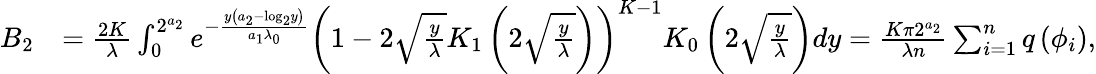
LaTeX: \begin{array}{rl}{B_{2}}&{=\frac{2K}{\lambda}\int_{0}^{2^{a_{2}}}e^{-\frac{y\left(a_{2}-\mathrm{log}_{2}y\right)}{a_{1}\lambda_{0}}}\left(1-2\sqrt{\frac{y}{\lambda}}K_{1}\left(2\sqrt{\frac{y}{\lambda}}\right)\right)^{K-1}K_{0}\left(2\sqrt{\frac{y}{\lambda}}\right)dy=\frac{K\pi 2^{a_{2}}}{\lambda n}\sum_{i=1}^{n}q\left(\phi_{i}\right),}\end{array}